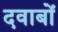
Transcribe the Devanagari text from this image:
दवाबों